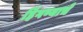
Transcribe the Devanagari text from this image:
हिंगण्याचे